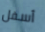
أسفل